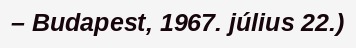
– Budapest, 1967. július 22.)